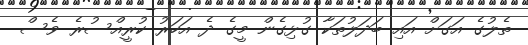
ތެލުގެ އަގަށް އައި ބަދަލުތަކާ ގުޅިގެން މީގެ ދެ އަހަރު ކުރީއްސުރެ ވެސް